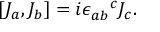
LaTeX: [ J _ { a } , J _ { b } ] = i \epsilon _ { a b } ^ { \phantom { a b } c } J _ { c } .